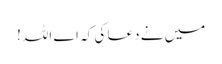
میں نے دعا کی کہ اے اللہ!